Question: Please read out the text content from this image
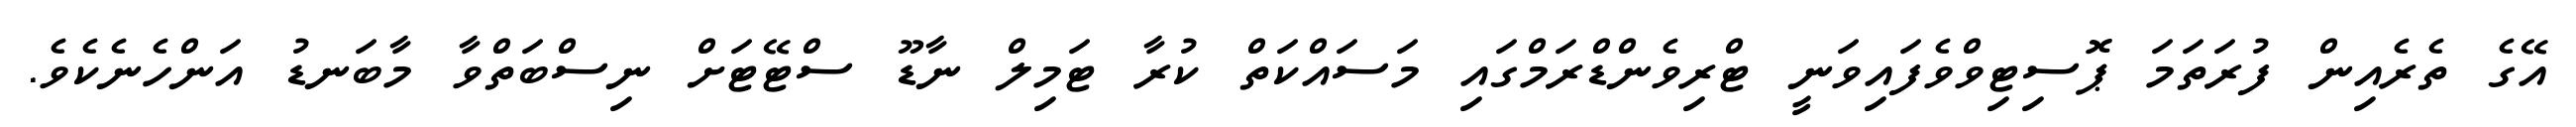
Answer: އޭގެ ތެރެއިން ފުރަތަމަ ޕޮސިޓިވްވެފައިވަނީ ޓްރިވެންޑްރަމްގައި މަސައްކަތް ކުރާ ޓަމިލް ނާޑޫ ސްޓޭޓަށް ނިސްބަތްވާ މާބަނޑު އަންހެނެކެވެ.